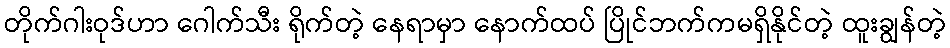
တိုက်ဂါးဝုဒ်ဟာ ဂေါက်သီး ရိုက်တဲ့ နေရာမှာ နောက်ထပ် ပြိုင်ဘက်ကမရှိနိုင်တဲ့ ထူးချွန်တဲ့